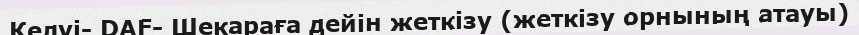
Келуі- DAF- Шекараға дейін жеткізу (жеткізу орнының атауы)